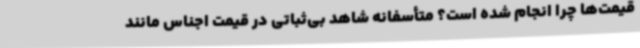
قیمت‌ها چرا انجام شده است؟ متأسفانه شاهد بی‌ثباتی در قیمت اجناس مانند